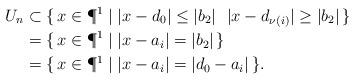
LaTeX: \begin{align*}U_n & \subset \{ \, x \in \P^1 \mid \lvert x - d_0 \rvert \leq \lvert b_2 \rvert \ \ \lvert x - d_{\nu(i)} \rvert \geq \lvert b_2 \rvert \,\} \\& = \{ \,x \in \P^1 \mid \lvert x - a_i \rvert = \lvert b_2 \rvert \,\}\\& = \{ \,x \in \P^1 \mid \lvert x - a_i \rvert = \lvert d_0 -a_i \rvert\, \}.\end{align*}